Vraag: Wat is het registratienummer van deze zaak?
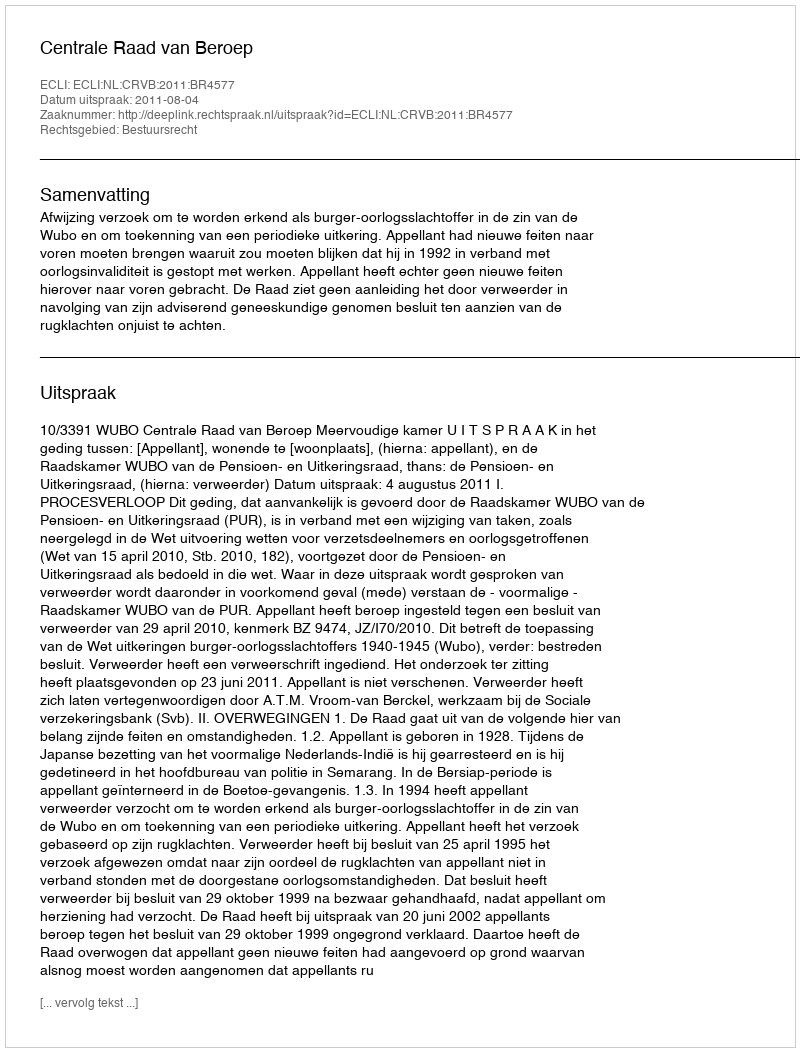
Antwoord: http://deeplink.rechtspraak.nl/uitspraak?id=ECLI:NL:CRVB:2011:BR4577